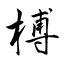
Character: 榑